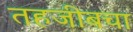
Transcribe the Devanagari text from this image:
तहजीबचा